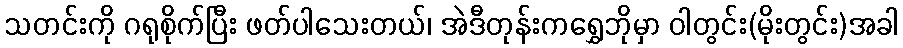
သတင်းကို ဂရုစိုက်ပြီး ဖတ်ပါသေးတယ်၊ အဲဒီတုန်းကရွှေဘိုမှာ ဝါတွင်း(မိုးတွင်း)အခါ